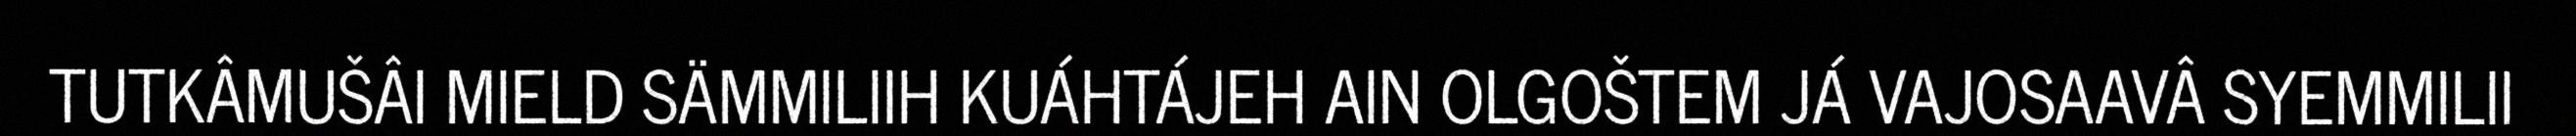
TUTKÂMUŠÂI MIELD SÄMMILIIH KUÁHTÁJEH AIN OLGOŠTEM JÁ VAJOSAAVÂ SYEMMILII